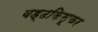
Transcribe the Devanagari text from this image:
बड्ढकिसूकर